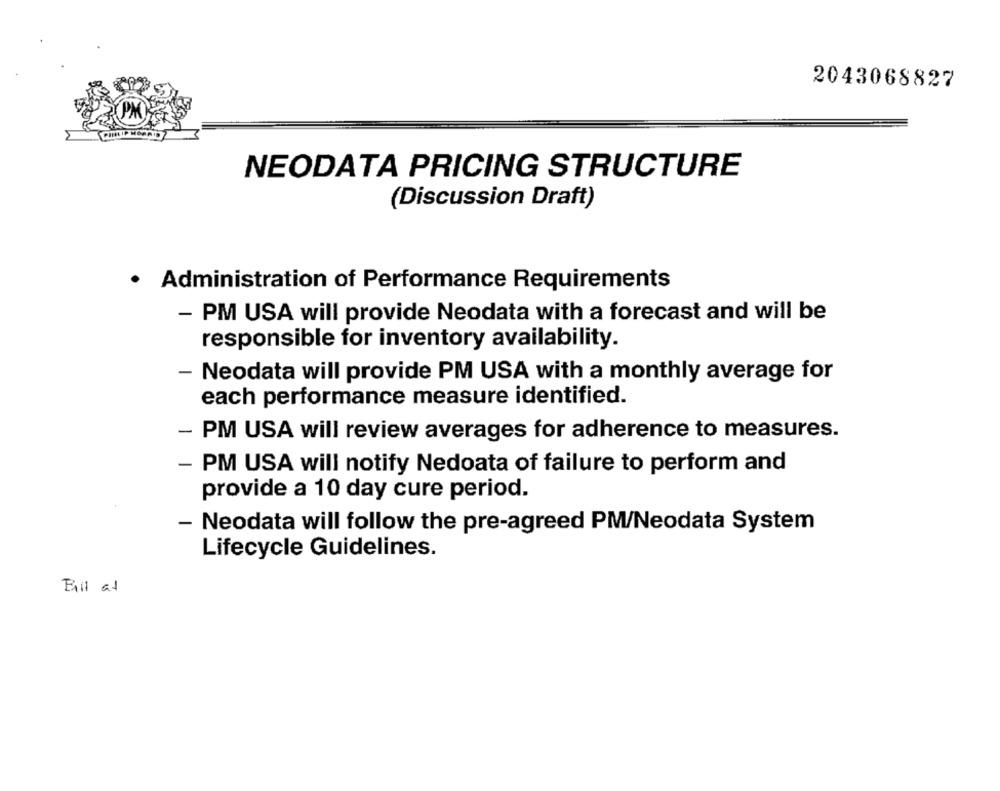
2043068827
NEODATA PRICING STRUCTURE
(Discussion Draft)
· Administration of Performance Requirements
- PM USA will provide Neodata with a forecast and will be
responsible for inventory availability.
Neodata will provide PM USA with a monthly average for
each performance measure identified.
- PM USA will review averages for adherence to measures.
- PM USA will notify Nedoata of failure to perform and
provide a 10 day cure period.
- Neodata will follow the pre-agreed PM/Neodata System
Lifecycle Guidelines.
Fill at